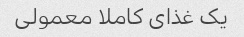
یک غذاى کاملا معمولى